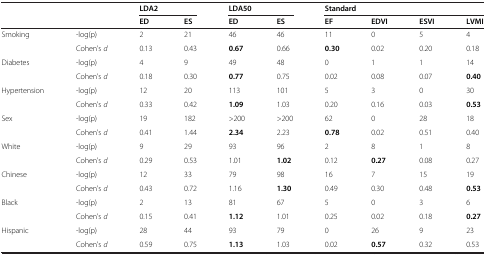
<table><thead><tr><td><b> </b></td><td><b> </b></td><td colspan="2"><b>LDA2</b></td><td colspan="2"><b>LDA50</b></td><td colspan="4"><b>Standard</b></td></tr><tr><td><b> </b></td><td><b> </b></td><td><b>ED</b></td><td><b>ES</b></td><td><b>ED</b></td><td><b>ES</b></td><td><b>EF</b></td><td><b>EDVI</b></td><td><b>ESVI</b></td><td><b>LVMI</b></td></tr></thead><tbody><tr><td>Smoking</td><td>-log(p)</td><td>2</td><td>21</td><td>46</td><td>46</td><td>11</td><td>0</td><td>5</td><td>4</td></tr><tr><td> </td><td>Cohen’s <i>d</i></td><td>0.13</td><td>0.43</td><td><b>0.67</b></td><td>0.66</td><td><b>0.30</b></td><td>0.02</td><td>0.20</td><td>0.18</td></tr><tr><td>Diabetes</td><td>-log(p)</td><td>4</td><td>9</td><td>49</td><td>48</td><td>0</td><td>1</td><td>1</td><td>14</td></tr><tr><td> </td><td>Cohen’s <i>d</i></td><td>0.18</td><td>0.30</td><td><b>0.77</b></td><td>0.75</td><td>0.02</td><td>0.08</td><td>0.07</td><td><b>0.40</b></td></tr><tr><td>Hypertension</td><td>-log(p)</td><td>12</td><td>20</td><td>113</td><td>101</td><td>5</td><td>3</td><td>0</td><td>30</td></tr><tr><td> </td><td>Cohen’s <i>d</i></td><td>0.33</td><td>0.42</td><td><b>1.09</b></td><td>1.03</td><td>0.20</td><td>0.16</td><td>0.03</td><td><b>0.53</b></td></tr><tr><td>Sex</td><td>-log(p)</td><td>19</td><td>182</td><td>&gt;200</td><td>&gt;200</td><td>62</td><td>0</td><td>28</td><td>18</td></tr><tr><td> </td><td>Cohen’s <i>d</i></td><td>0.41</td><td>1.44</td><td><b>2.34</b></td><td>2.23</td><td><b>0.78</b></td><td>0.02</td><td>0.51</td><td>0.40</td></tr><tr><td>White</td><td>-log(p)</td><td>9</td><td>29</td><td>93</td><td>96</td><td>2</td><td>8</td><td>1</td><td>8</td></tr><tr><td> </td><td>Cohen’s <i>d</i></td><td>0.29</td><td>0.53</td><td>1.01</td><td><b>1.02</b></td><td>0.12</td><td><b>0.27</b></td><td>0.08</td><td>0.27</td></tr><tr><td>Chinese</td><td>-log(p)</td><td>12</td><td>33</td><td>79</td><td>98</td><td>16</td><td>7</td><td>15</td><td>19</td></tr><tr><td> </td><td>Cohen’s <i>d</i></td><td>0.43</td><td>0.72</td><td>1.16</td><td><b>1.30</b></td><td>0.49</td><td>0.30</td><td>0.48</td><td><b>0.53</b></td></tr><tr><td>Black</td><td>-log(p)</td><td>2</td><td>13</td><td>81</td><td>67</td><td>5</td><td>0</td><td>3</td><td>6</td></tr><tr><td> </td><td>Cohen’s <i>d</i></td><td>0.15</td><td>0.41</td><td><b>1.12</b></td><td>1.01</td><td>0.25</td><td>0.02</td><td>0.18</td><td><b>0.27</b></td></tr><tr><td>Hispanic</td><td>-log(p)</td><td>28</td><td>44</td><td>93</td><td>79</td><td>0</td><td>26</td><td>9</td><td>23</td></tr><tr><td> </td><td>Cohen’s <i>d</i></td><td>0.59</td><td>0.75</td><td><b>1.13</b></td><td>1.03</td><td>0.02</td><td><b>0.57</b></td><td>0.32</td><td>0.53</td></tr></tbody></table>